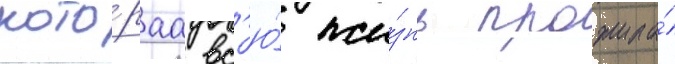
кото́раа вс'ю́ жи́знь прожила́